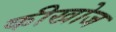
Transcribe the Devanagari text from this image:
कीखोज